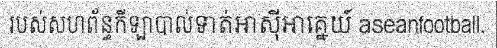
របស់សហព័ន្ធកីឡាបាល់ទាត់អាស៊ីអាគ្នេយ៍ aseanfootball.